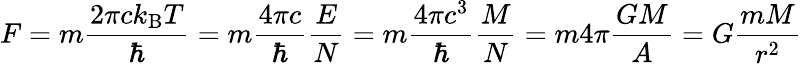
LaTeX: F=m{\frac{2\pi ck_{\mathrm{B}}T}{\hbar}}=m{\frac{4\pi c}{\hbar}}{\frac{E}{N}}=m{\frac{4\pi c^{3}}{\hbar}}{\frac{M}{N}}=m4\pi{\frac{GM}{A}}=G{\frac{mM}{r^{2}}}